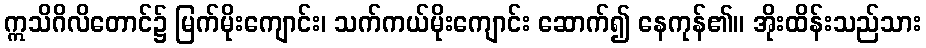
ဣသိဂိလိတောင်၌ မြက်မိုးကျောင်း၊ သက်ကယ်မိုးကျောင်း ဆောက်၍ နေကုန်၏။ အိုးထိန်းသည်သား